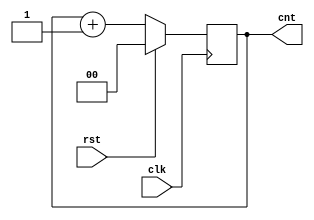
module counttofour(
input clk,
input rst,
output [1:0]cnt
    ); 
reg [1:0]cnt_d,cnt_q;
   
assign cnt = cnt_q;
   
always @(cnt_q) begin
	cnt_d=cnt_q + 1'b1;
end
   
  always @(posedge clk) begin
	if (rst) cnt_q<=2'b0;
	//else if (cnt_d==3'b101) cnt_q<=3'b0;
	else	cnt_q<=cnt_d;
end
   
endmodule